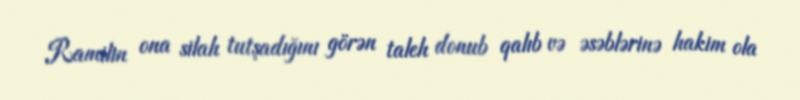
Ramilin ona silah tutşadığını görən taleh donub qalıb və əsəblərinə hakim ola